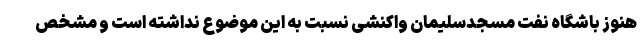
هنوز باشگاه نفت مسجدسلیمان واکنشی نسبت به این موضوع نداشته است و مشخص